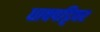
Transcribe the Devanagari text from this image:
धावपट्टिवर